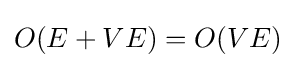
O(E+VE)=O(VE)